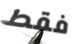
فقط